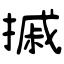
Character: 摵